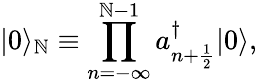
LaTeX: |0\rangle_{\mathbb{N}}\equiv\prod_{n=-\infty}^{\mathbb{N}-1}a_{n+{\frac{{1}}{{2}}}}^{\dagger}|0\rangle,